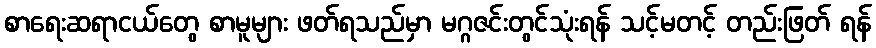
စာရေးဆရာငယ်တွေ စာမူများ ဖတ်ရသည်မှာ မဂ္ဂဇင်းတွင်သုံးရန် သင့်မတင့် တည်းဖြတ် ရန်